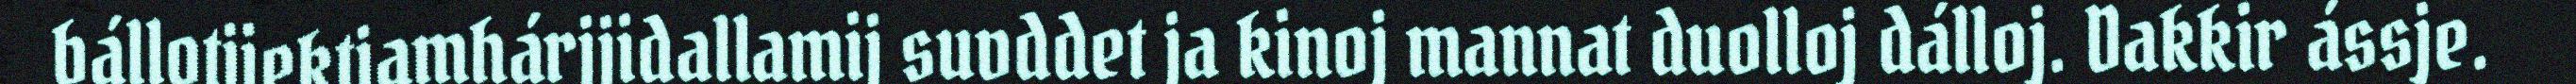
bállotjiektjamhárjjidallamij suvddet ja kinoj mannat duolloj dálloj. Dakkir ássje.